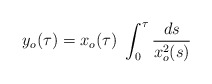
\begin{align*}y_{o}(\tau) = x_{o}(\tau) \ \int_{0}^{\tau} {{ds} \over {x_{o}^{2}(s)}}\end{align*}